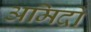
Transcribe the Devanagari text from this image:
अमिदो